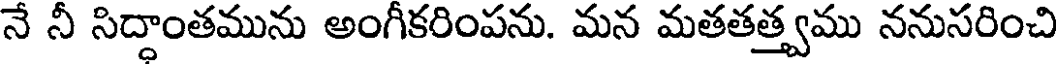
నే నీ సిద్దాంతమును అంగీకరింపను. మన మతతత్త్వము ననుసరించి